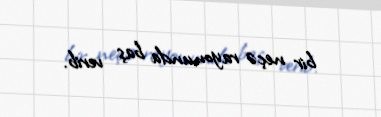
bir neçə rayonunda baş verib.